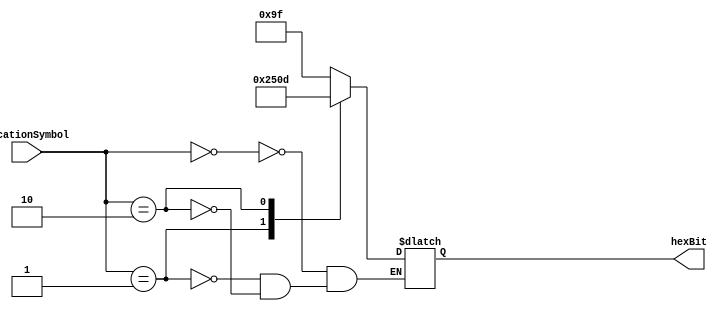
//////////////////////////////////////////////
// parameter

// channel #1
// 8'b10011111;


// channel #2
// 8'b00100101

// channel #3
// 8'b00001101;



module channelDecoder (locationSymbol, hexBit);

input [2:0] locationSymbol;
output [7:0] hexBit;

reg [7:0] myValue;

always @(locationSymbol) begin

	case(locationSymbol)

		3'b000: myValue = 8'b10011111; // 1
		3'b001: myValue = 8'b00100101; // 2
		3'b010: myValue = 8'b00001101; // 3
		
	endcase

end

assign hexBit = myValue;



endmodule